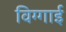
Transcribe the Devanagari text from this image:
विग्गाई